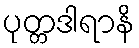
ပုတ္တဒါရာနိ